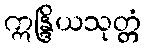
ဣန္ဒြိယသုတ္တံ